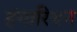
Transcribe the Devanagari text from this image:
हंगारियन